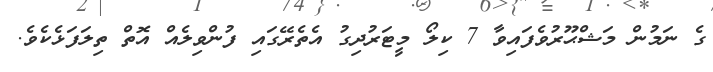
ގެ ނަމުން މަޝްޙޫރުވެފައިވާ 7 ކިލޯ މީޓަރުދިގު އެތެރޭގައި ފުންވިލެއް އޮތް ތިލަފަޅެކެވެ.